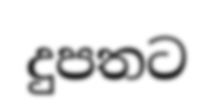
දුපතට